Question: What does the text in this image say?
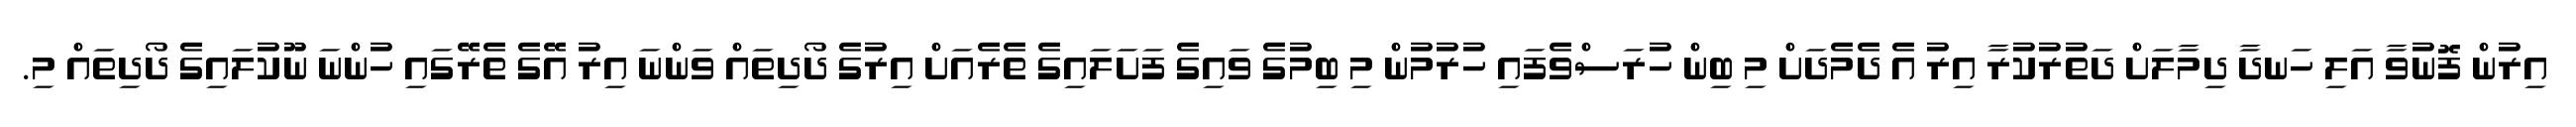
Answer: އިރުން ފޮނުވާ އަލި ހަނދާ ދިމާލަށް ދަތުރުކުރާ އިރު އެ ދެމެދަށް މި ބިން ހުރަސްވެފައި ހުރުމުން މި ބިމުގެ ވައިގެ ފަށަލައިގެ ތެރެއަށް އިރުގެ ދޯދިތައް ވަންނަ އިރު އޭގެ ތެރޭގައި ހުންނަ ނޫކުލައިގެ ދޯދިތައް މި.